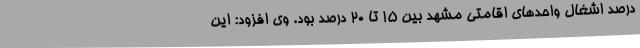
درصد اشغال واحدهای اقامتی مشهد بین 15 تا 20 درصد بود. وی افزود: این